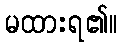
မထားရ၏။